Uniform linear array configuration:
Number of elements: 12
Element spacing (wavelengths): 0.75
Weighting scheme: blackman
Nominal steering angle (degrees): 30
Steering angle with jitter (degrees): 30.7
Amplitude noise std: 0.05
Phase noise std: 0.05

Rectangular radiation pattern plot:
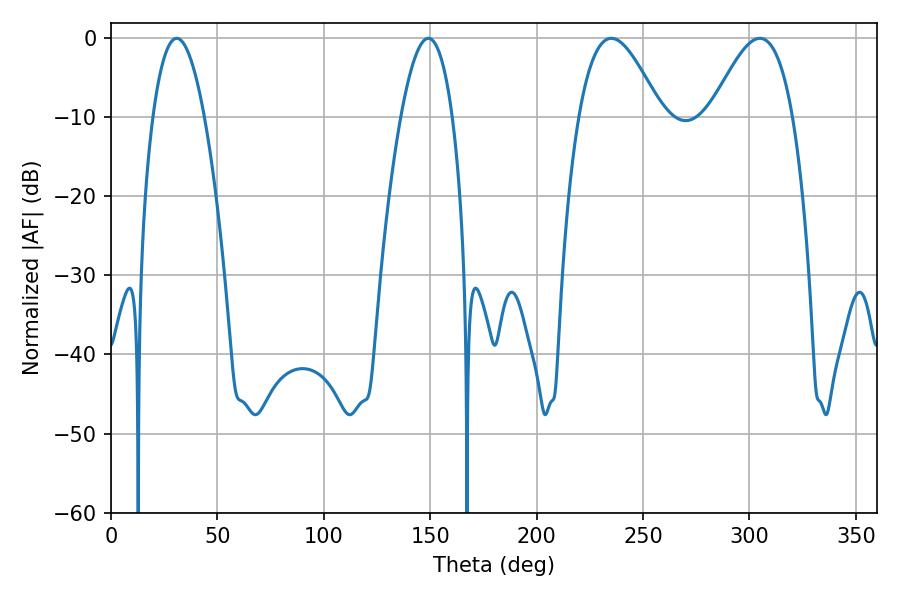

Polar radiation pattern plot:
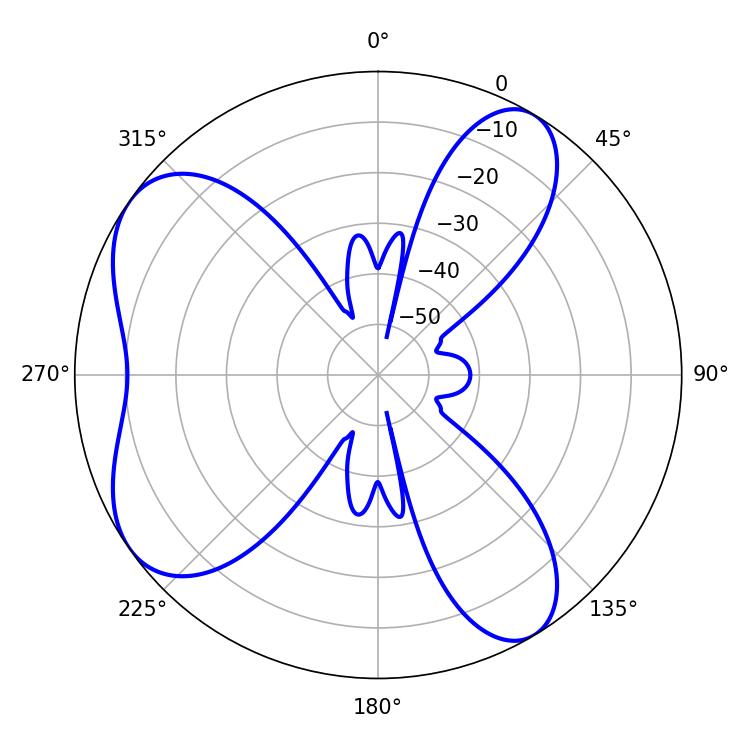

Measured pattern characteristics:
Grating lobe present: TRUE
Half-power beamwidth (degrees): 20.88
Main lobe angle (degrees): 235.08